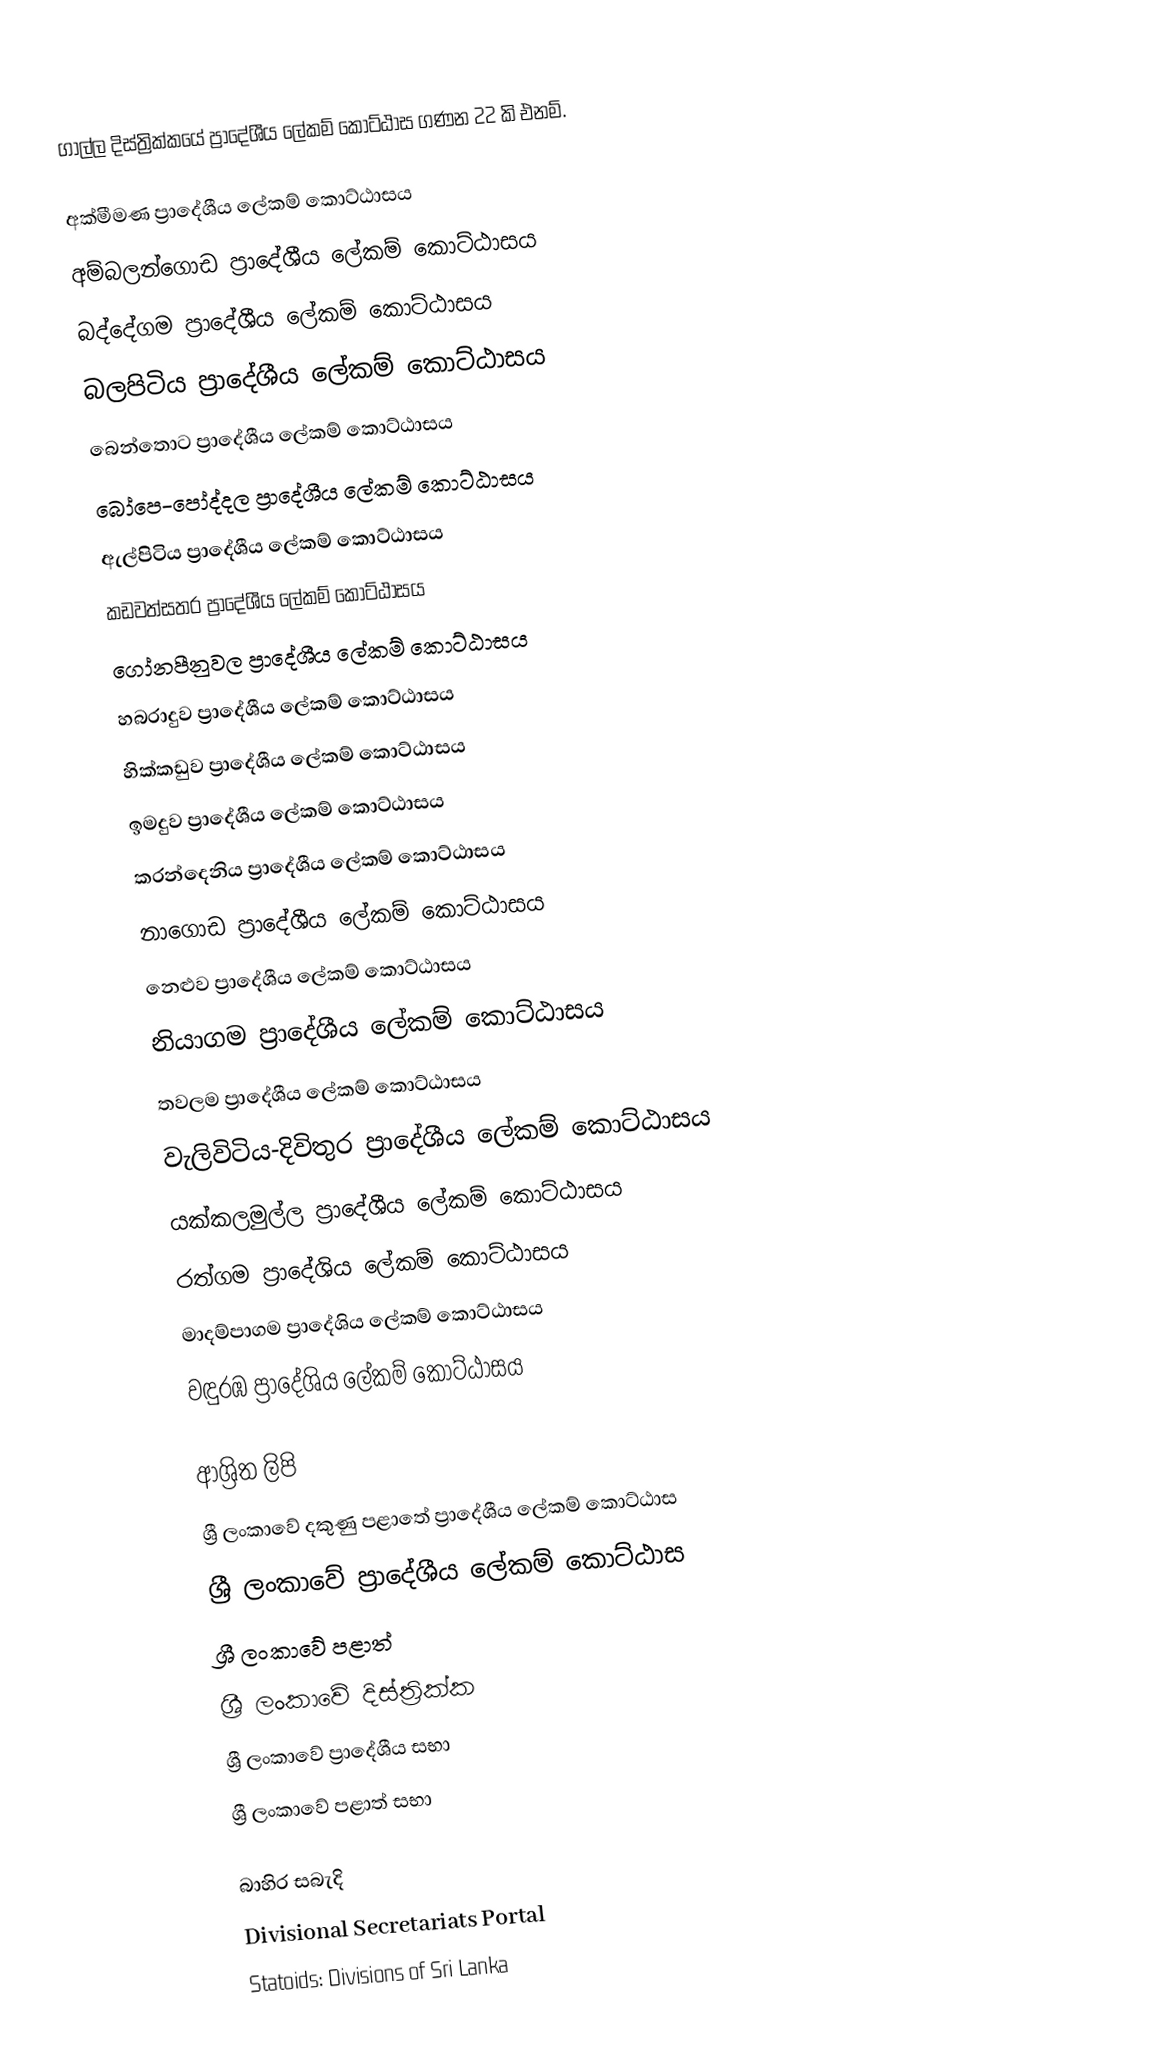
ගාල්ල දිස්ත්‍රික්කයේ ප්‍රාදේශීය ලේකම් කොට්ඨාස ගණන 22 කි එනම්.

 අක්මීමණ ප්‍රාදේශීය ලේකම් කොට්ඨාසය
 අම්බලන්ගොඩ ප්‍රාදේශීය ලේකම් කොට්ඨාසය
 බද්දේගම ප්‍රාදේශීය ලේකම් කොට්ඨාසය
 බලපිටිය ප්‍රාදේශීය ලේකම් කොට්ඨාසය
 බෙන්තොට ප්‍රාදේශීය ලේකම් කොට්ඨාසය
 බෝපෙ-පෝද්දල ප්‍රාදේශීය ලේකම් කොට්ඨාසය
 ඇල්පිටිය ප්‍රාදේශීය ලේකම් කොට්ඨාසය
 කඩවත්සතර ප්‍රාදේශීය ලේකම් කොට්ඨාසය
 ගෝනපීනුවල ප්‍රාදේශීය ලේකම් කොට්ඨාසය
 හබරාදුව ප්‍රාදේශීය ලේකම් කොට්ඨාසය
 හික්කඩුව ප්‍රාදේශීය ලේකම් කොට්ඨාසය
 ඉමදුව ප්‍රාදේශීය ලේකම් කොට්ඨාසය
 කරන්දෙනිය ප්‍රාදේශීය ලේකම් කොට්ඨාසය
 නාගොඩ ප්‍රාදේශීය ලේකම් කොට්ඨාසය
 නෙළුව ප්‍රාදේශීය ලේකම් කොට්ඨාසය
 නියාගම ප්‍රාදේශීය ලේකම් කොට්ඨාසය
 තවලම ප්‍රාදේශීය ලේකම් කොට්ඨාසය
 වැලිවිටිය-දිවිතුර ප්‍රාදේශීය ලේකම් කොට්ඨාසය
 යක්කලමුල්ල ප්‍රාදේශීය ලේකම් කොට්ඨාසය
 රත්ගම ප්‍රාදේශිය ලේකම් කොට්ඨාසය
 මාදම්පාගම ප්‍රාදේශිය ලේකම් කොට්ඨාසය
 වඳුරඹ ප්‍රාදේශිය ලේකම් කොට්ඨාසය

ආශ්‍රිත ලිපි
 ශ්‍රී ලංකාවේ දකුණු පළාතේ ප්‍රාදේශීය ලේකම් කොට්ඨාස
 ශ්‍රී ලංකාවේ ප්‍රාදේශීය ලේකම් කොට්ඨාස
 ශ්‍රී ලංකාවේ පළාත්
 ශ්‍රී ලංකාවේ දිස්ත්‍රික්ක
 ශ්‍රී ලංකාවේ ප්‍රාදේශීය සභා
 ශ්‍රී ලංකාවේ පළාත් සභා

බාහිර සබැදි
 Divisional Secretariats Portal
 Statoids: Divisions of Sri Lanka